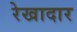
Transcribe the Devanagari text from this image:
रेखादार